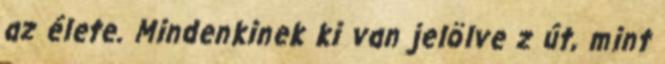
az élete. Mindenkinek ki van jelölve z út, mint